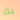
بك